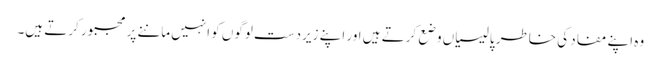
وہ اپنے مفاد کی خاطر پالیسیاں وضع کرتے ہیں اور اپنے زیردست لوگوں کو انہیں ماننے پر مجبور کرتے ہیں۔